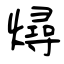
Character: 燖